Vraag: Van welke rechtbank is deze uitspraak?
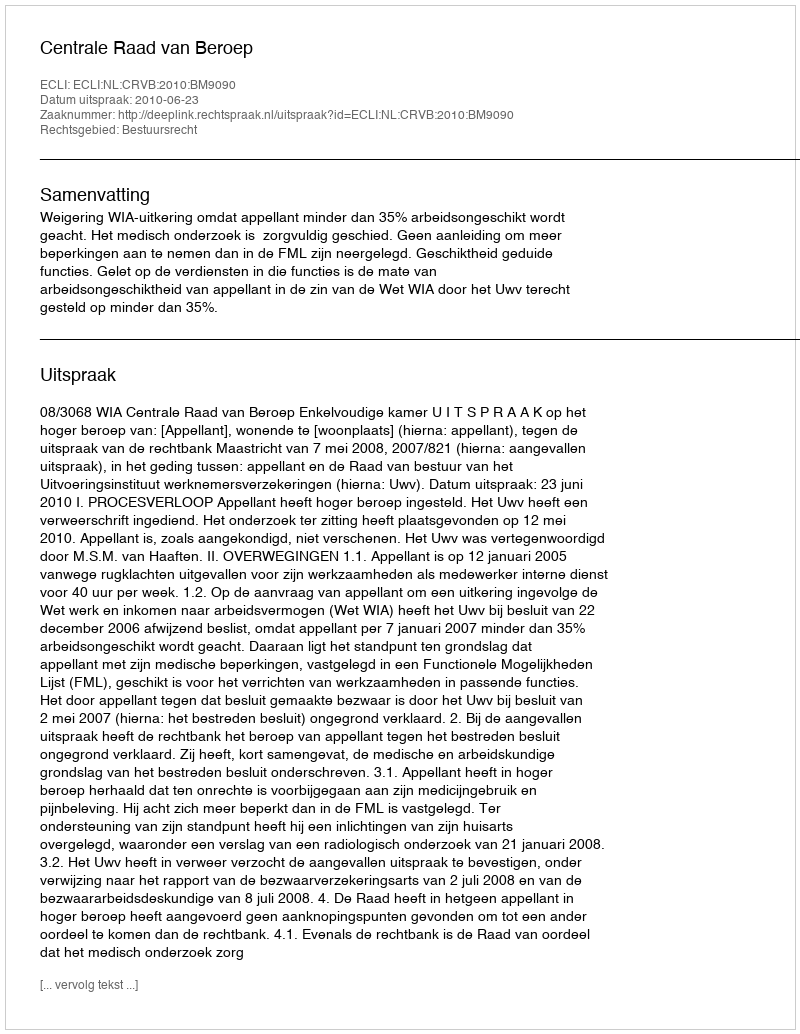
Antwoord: Centrale Raad van Beroep